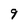
Character: 9